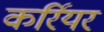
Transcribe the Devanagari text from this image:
कर्रियर